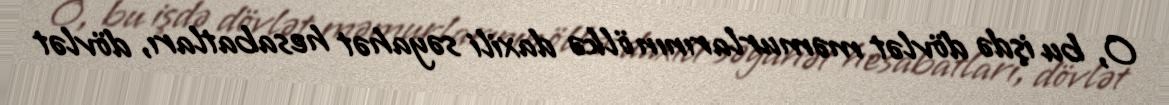
O, bu işdə dövlət məmurlarının ölkə daxili səyahət hesabatları, dövlət